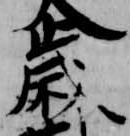
歳